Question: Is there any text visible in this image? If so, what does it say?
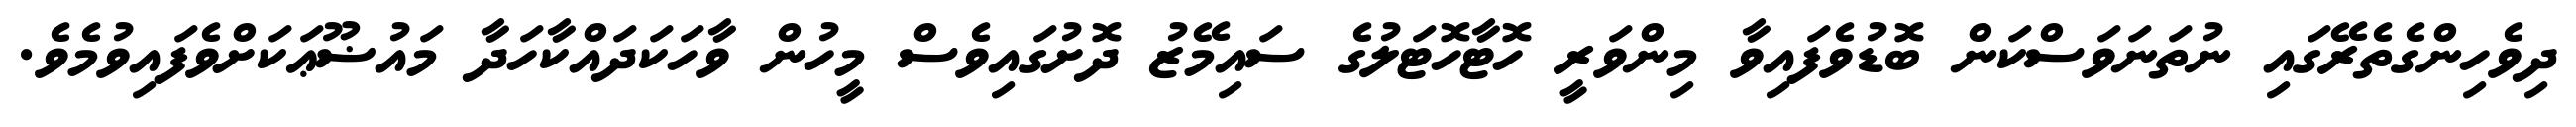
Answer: ދިވެހިންގެތެރޭގައި ނުތަނަވަސްކަން ބޮޑުވެފައިވާ މިންވަރީ ހޮޓާހޮޓަލުގެ ސައިމޭޒު ދޮށުގައިވެސް މީހުން ވާހަކަދައްކާހަދާ މައުޟޫޢަކަށްވެފައިވުމެވެ.